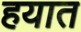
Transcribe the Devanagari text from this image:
हयात